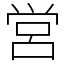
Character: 営